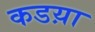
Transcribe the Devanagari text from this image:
कडय़ा